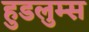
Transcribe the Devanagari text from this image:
हुडलुम्स